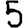
Digit: 5